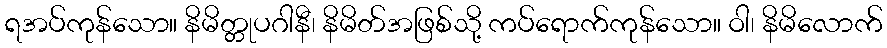
ရအပ်ကုန်သော။ နိမိတ္တုပဂါနီ၊ နိမိတ်အဖြစ်သို့ ကပ်ရောက်ကုန်သော။ ဝါ၊ နိမိလောက်